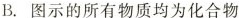
B.图示的所有物质均为化合物